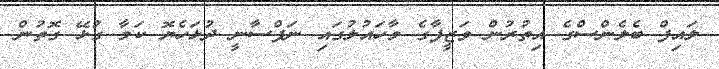
ލައިފް ބެލެންސްގެ އިތުރުން ވަޒީފާގެ މާހައުލުގައި ނަފްސާނީ ދުޅަހެޔޮ ކަމާ ގުޅޭ ގޮތުން